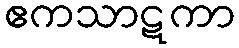
ဧကသာဋကာ